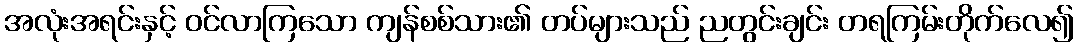
အလုံးအရင်းနှင့် ဝင်လာကြသော ကျန်စစ်သား၏ တပ်များသည် ညတွင်းချင်း တရကြမ်းတိုက်လေ၍